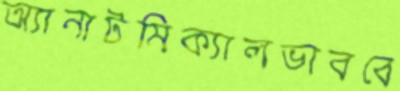
অ্যানাটমিক্যালভাববে